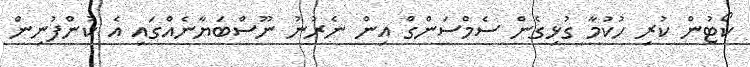
ކޯޓުން ކުރި ހުކުމާ ގުޅިގެން ސެމްސަންގް އިން ނެރުނު ނޫސްބަޔާނެއްގައި އެ ކުންފުނިން